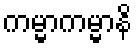
ကမ္မာကမ္မာနိ